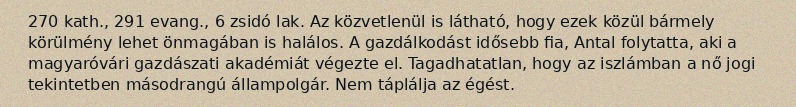
270 kath., 291 evang., 6 zsidó lak. Az közvetlenül is látható, hogy ezek közül bármely körülmény lehet önmagában is halálos. A gazdálkodást idősebb fia, Antal folytatta, aki a magyaróvári gazdászati akadémiát végezte el. Tagadhatatlan, hogy az iszlámban a nő jogi tekintetben másodrangú állampolgár. Nem táplálja az égést.